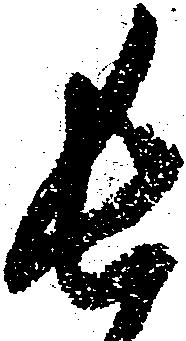
長